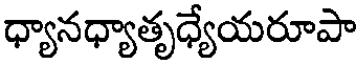
ధ్యానధ్యాతృధ్యేయరూపా